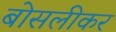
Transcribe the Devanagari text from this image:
बोसलीकर